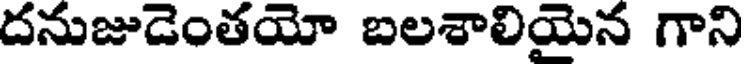
దనుజుడెంతయో బలశాలియైన గాని